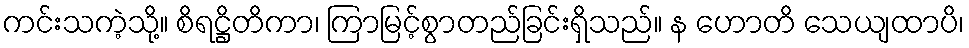
ကင်းသကဲ့သို့။ စိရဋ္ဌိတိကာ၊ ကြာမြင့်စွာတည်ခြင်းရှိသည်။ န ဟောတိ သေယျထာပိ၊